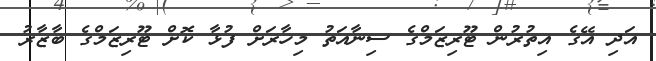
އަދި އޭގެ އިތުރުން ޓޫރިޒަމްގެ ސިނާއަތު މިހާރަށް ފުޅާ ކޮށް ޓޫރިޒަމްގެ ބާޒާރު